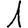
Digit: 1